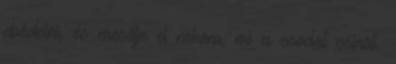
ebédelni, és mesélje el nekem, mi a csodát csinál.